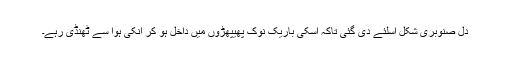
دِل صنوبری شکل اِسلئے دی گئی تاکہ اسکی باریک نوک پھیپھڑوں میں داخل ہو کر انکی ہوا سے ٹھنڈی رہے۔